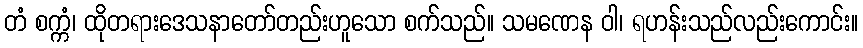
တံ စက္ကံ၊ ထိုတရားဒေသနာတော်တည်းဟူသော စက်သည်။ သမဏေန ဝါ၊ ရဟန်းသည်လည်းကောင်း။